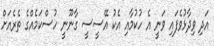
އަދި ވިދާޅުވެފައި ވަނީ އެ ހުކުމާއި އެކު އޭސީސީ ގާނޫނީ ހުސްކަމެއްގެ ތެރެއަށް